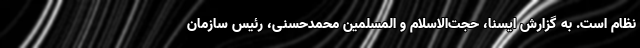
نظام است. به گزارش ایسنا، حجت‌الاسلام و المسلمین محمدحسنی، رئیس سازمان